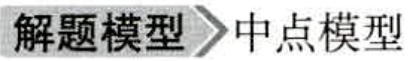
解题模型\rightarrow 中点模型